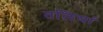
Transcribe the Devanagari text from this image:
तलियां